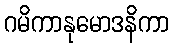
ဂမိကာနုမောဒနိကာ